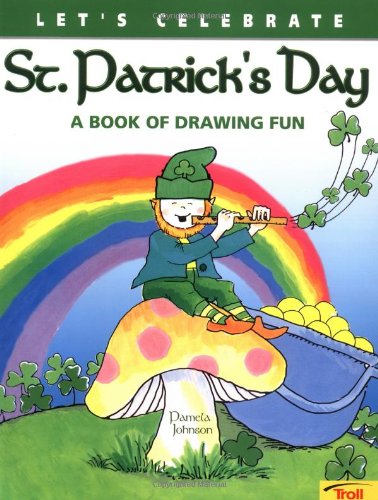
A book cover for Let's Celebrate St. Patrick's Day; Pamela Johnson; Children's Books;